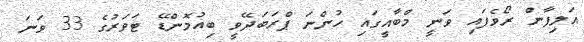
އަލިފާން ރޯވެފައި ވަނީ މްބާއީގައި ހުންނަ ޕްރަބަދޭވީ ބިއުމޮންޑޭ ޓަވަރުގެ 33 ވަނަ